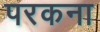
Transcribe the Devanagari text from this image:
परकना